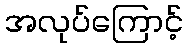
အလုပ်ကြောင့်